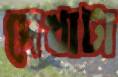
দেখাটা